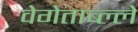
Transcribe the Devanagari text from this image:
वेगेताब्ल्ले